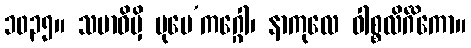
၁၀၃၅။ သမာဓိမှိ ပုမေ’ကဂ္ဂေါ၊ နာကုလေ ဝါစ္စလိင်္ဂိကော။